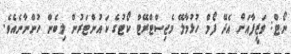
ނޯޓް: ވަޒީފާއަށް އެދޭ ފޯމް ހުޅުމާލޭ މެޖިސްޓްރޭޓް ކޯޓުގެ ކައުންޓަރުން ލިބެން ހުންނާނެއެވެ.